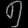
Digit: ၅